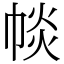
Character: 𢃔